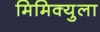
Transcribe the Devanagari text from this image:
मिमिक्युला